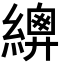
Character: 𦅳